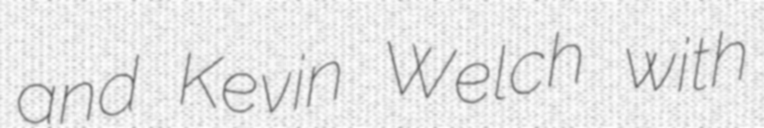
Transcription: and Kevin Welch with